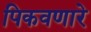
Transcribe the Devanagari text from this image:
पिकवणारे